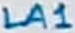
Text: LA1